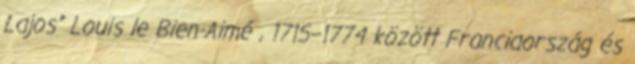
Lajos” Louis le Bien-Aimé , 1715–1774 között Franciaország és